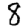
Digit: 8